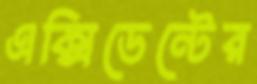
এক্সিডেন্টের